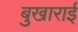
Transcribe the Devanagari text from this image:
बुखाराई